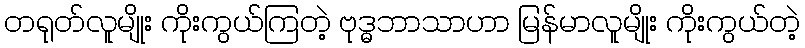
တရုတ်လူမျိုး ကိုးကွယ်ကြတဲ့ ဗုဒ္ဓဘာသာဟာ မြန်မာလူမျိုး ကိုးကွယ်တဲ့